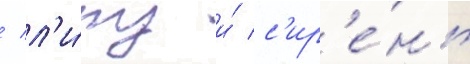
/ л'и́пу и́ с'ир'е́нь